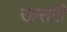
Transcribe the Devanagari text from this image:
ऊसरी